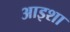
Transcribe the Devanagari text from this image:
आइशा